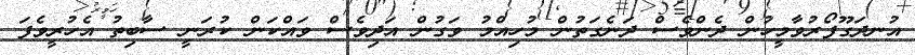
އުނދަގޫފޯރުވާމީހުން ދެންވެސް ދަނެގަތުން މުހިއްމު ވަގުން އަދިވެސް ވައްކަން ކުރަނީ ސާބިތު އެހުރީވެފަ